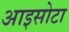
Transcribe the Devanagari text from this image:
आइसोटा